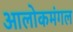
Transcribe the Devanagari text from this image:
आलोकमंगल